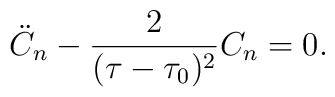
\ddot{C}_{n}-\frac{2}{(\tau-\tau_0)^2}C_n=0.